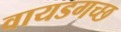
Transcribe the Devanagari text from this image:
वायडगच्छ